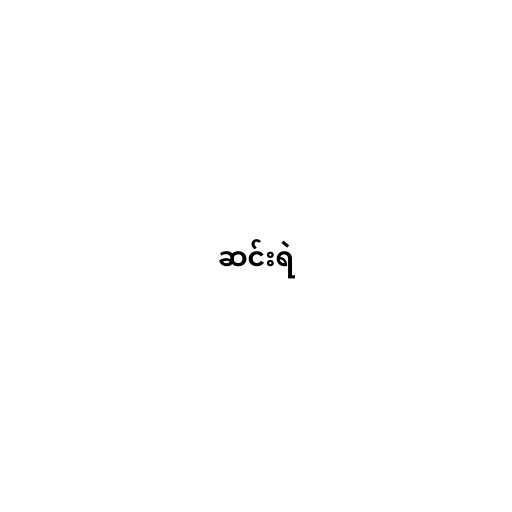
ဆင်းရဲ